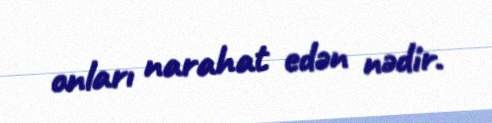
onları narahat edən nədir.